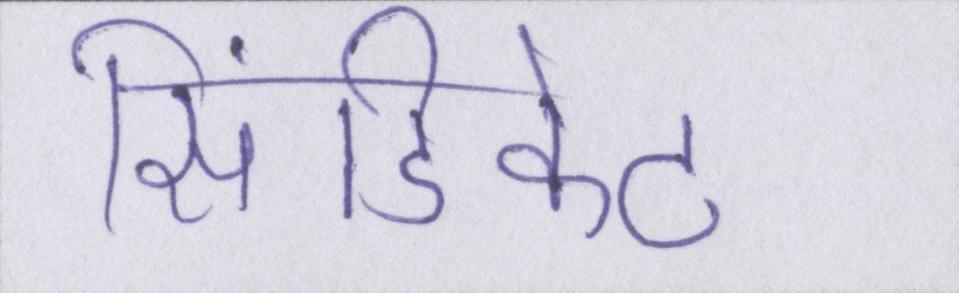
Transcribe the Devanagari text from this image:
सिंडिकेट